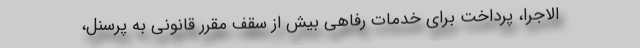
الاجرا، پرداخت برای خدمات رفاهی بیش از سقف مقرر قانونی به پرسنل،